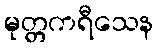
မုတ္တကရီသေန